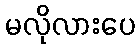
မလိုလားပေ